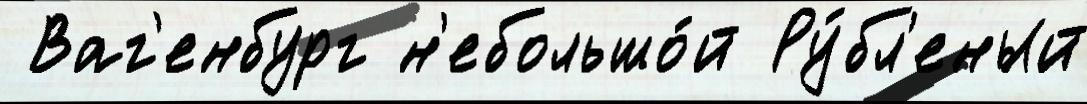
 Ваг'енбург н'ебольшо́й Ру́бл'еный